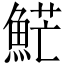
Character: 𩷶